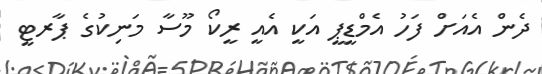
ދެން އެއަށް ފަހު އެމްޑީޕީ އަކީ އެއީ ރީކޯ މޫސާ މަނިކުގެ ޕާރޓީ